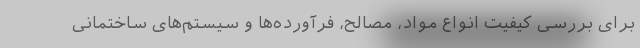
برای بررسی کیفیت انواع مواد، مصالح، فرآورده‌ها و سیستم‌های ساختمانی